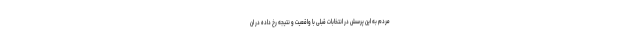
مردم به این پرسش در انتخابات قبلی با واقعیت و نتیجه رخ داده در ان